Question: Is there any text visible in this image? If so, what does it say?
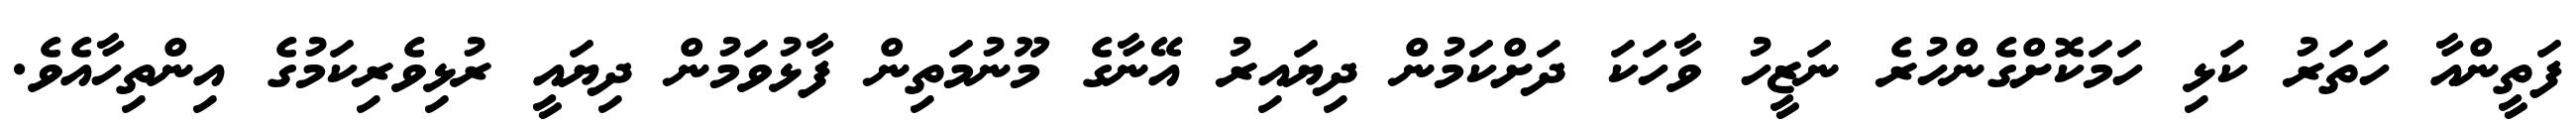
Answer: ފަތީންއާ ހަތަރު ކަޅި ހަމަކޮށްގެންހުރެ ނަޒީހު ވާހަކަ ދަށްކަމުން ދިޔައިރު އޭނާގެ މޫނުމަތިން ފާޅުވަމުން ދިޔައީ ރުޅިވެރިކަމުގެ އިންތިހާއެވެ.